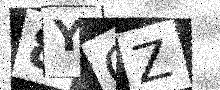
Text: 8YOZ